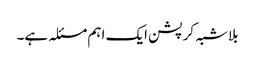
بلاشبہ کرپشن ایک اہم مسئلہ ہے۔